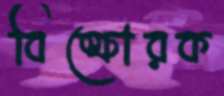
বিস্ফোরক